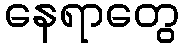
နေရာတွေ